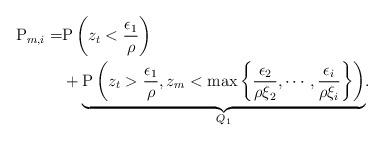
LaTeX: \begin{align*}\mathrm{P}_{m,i} =& \mathrm{P}\left(z_t<\frac{\epsilon_1}{\rho } \right) \\ &+ \underset{Q_1}{\underbrace{\mathrm{P}\left( z_t>\frac{\epsilon_1}{\rho }, z_m<\max\left\{\frac{\epsilon_2}{\rho\xi_2},\cdots, \frac{\epsilon_i}{\rho\xi_{i}}\right\} \right) }}.\end{align*}